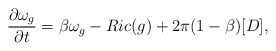
\begin{align*}{{\partial \omega_g}\over {\partial t}} = \beta\omega_g - Ric(g)+ 2\pi(1-\beta)[D],\end{align*}